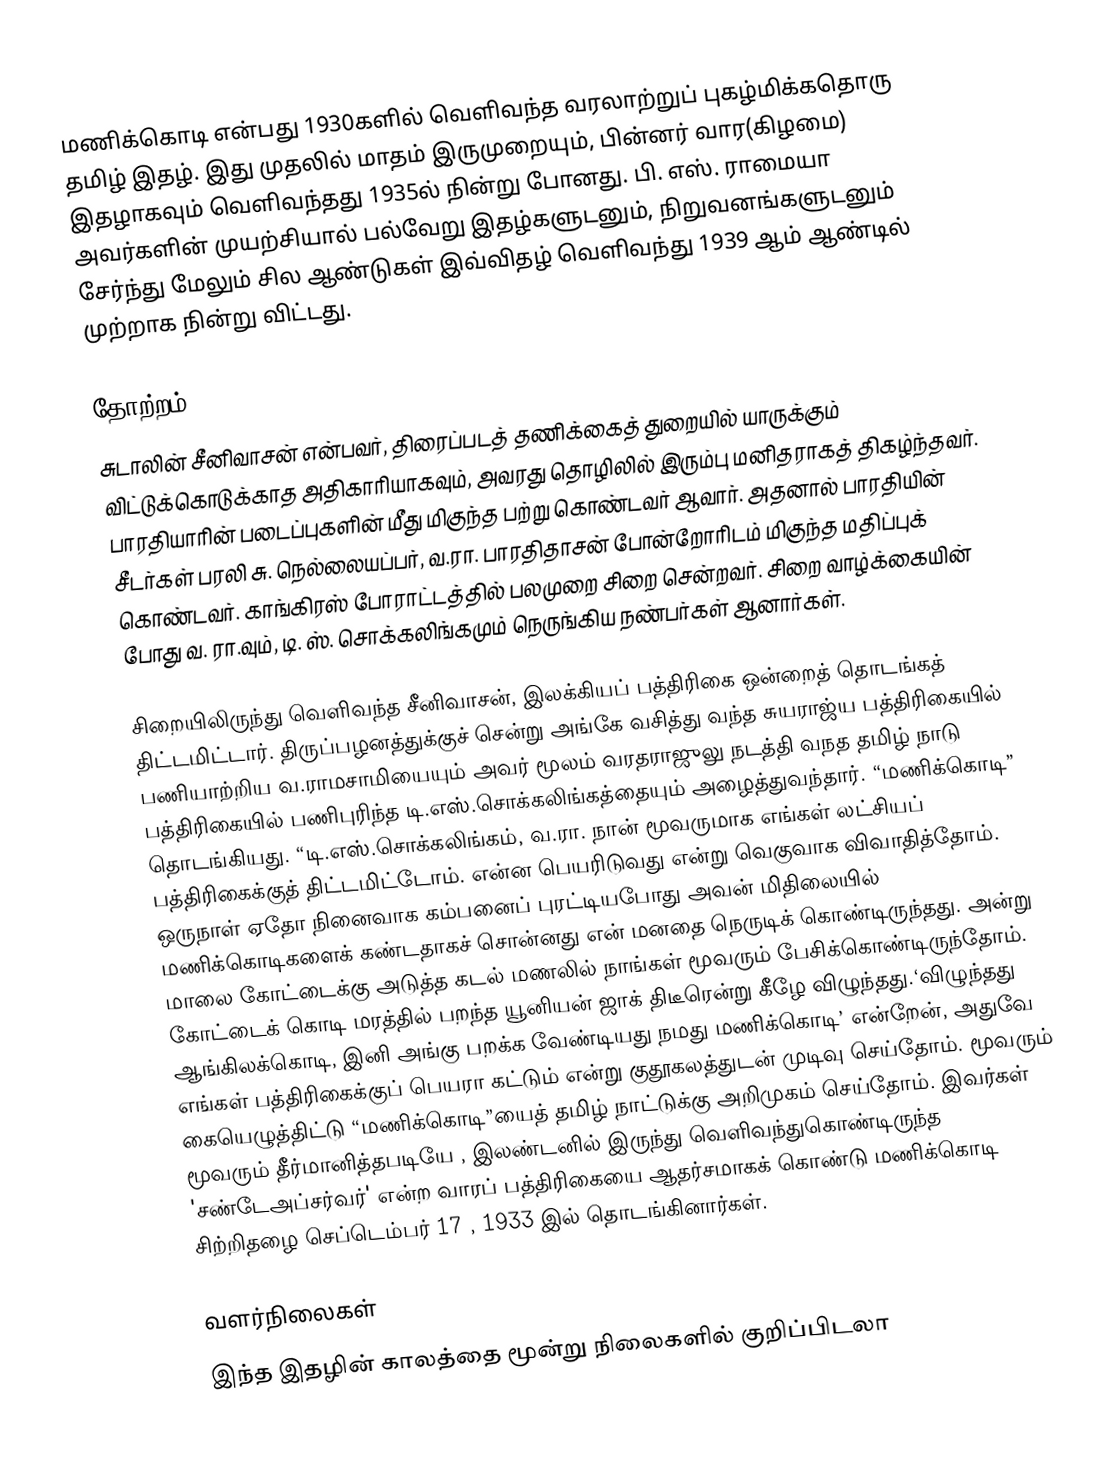
மணிக்கொடி என்பது 1930களில் வெளிவந்த வரலாற்றுப் புகழ்மிக்கதொரு தமிழ் இதழ். இது முதலில் மாதம் இருமுறையும், பின்னர் வார(கிழமை) இதழாகவும் வெளிவந்தது 1935ல் நின்று போனது. பி. எஸ். ராமையா அவர்களின் முயற்சியால் பல்வேறு இதழ்களுடனும், நிறுவனங்களுடனும் சேர்ந்து மேலும் சில ஆண்டுகள் இவ்விதழ் வெளிவந்து 1939 ஆம் ஆண்டில் முற்றாக நின்று விட்டது.

தோற்றம்
சுடாலின் சீனிவாசன் என்பவர், திரைப்படத் தணிக்கைத் துறையில் யாருக்கும் விட்டுக்கொடுக்காத அதிகாரியாகவும், அவரது தொழிலில் இரும்பு மனிதராகத் திகழ்ந்தவர். பாரதியாரின் படைப்புகளின் மீது மிகுந்த பற்று கொண்டவர் ஆவார். அதனால் பாரதியின் சீடர்கள் பரலி சு. நெல்லையப்பர், வ.ரா. பாரதிதாசன் போன்றோரிடம் மிகுந்த மதிப்புக் கொண்டவர். காங்கிரஸ் போராட்டத்தில் பலமுறை சிறை சென்றவர். சிறை வாழ்க்கையின் போது வ. ரா.வும், டி. ஸ். சொக்கலிங்கமும் நெருங்கிய நண்பர்கள் ஆனார்கள்.

சிறையிலிருந்து வெளிவந்த சீனிவாசன், இலக்கியப் பத்திரிகை ஒன்றைத் தொடங்கத் திட்டமிட்டார். திருப்பழனத்துக்குச் சென்று அங்கே வசித்து வந்த சுயராஜ்ய பத்திரிகையில் பணியாற்றிய வ.ராமசாமியையும் அவர் மூலம் வரதராஜுலு நடத்தி வநத தமிழ் நாடு பத்திரிகையில் பணிபுரிந்த டி.எஸ்.சொக்கலிங்கத்தையும் அழைத்துவந்தார். “மணிக்கொடி” தொடங்கியது. “டி.எஸ்.சொக்கலிங்கம், வ.ரா. நான் மூவருமாக எங்கள் லட்சியப் பத்திரிகைக்குத் திட்டமிட்டோம். என்ன பெயரிடுவது என்று வெகுவாக விவாதித்தோம். ஒருநாள் ஏதோ நினைவாக கம்பனைப் புரட்டியபோது அவன் மிதிலையில் மணிக்கொடிகளைக் கண்டதாகச் சொன்னது என் மனதை நெருடிக் கொண்டிருந்தது. அன்று மாலை கோட்டைக்கு அடுத்த கடல் மணலில் நாங்கள் மூவரும் பேசிக்கொண்டிருந்தோம். கோட்டைக் கொடி மரத்தில் பறந்த யூனியன் ஜாக் திடீரென்று கீழே விழுந்தது.‘விழுந்தது ஆங்கிலக்கொடி, இனி அங்கு பறக்க வேண்டியது நமது மணிக்கொடி’ என்றேன், அதுவே எங்கள் பத்திரிகைக்குப் பெயரா கட்டும் என்று குதூகலத்துடன் முடிவு செய்தோம். மூவரும் கையெழுத்திட்டு “மணிக்கொடி”யைத் தமிழ் நாட்டுக்கு அறிமுகம் செய்தோம். இவர்கள் மூவரும் தீர்மானித்தபடியே , இலண்டனில் இருந்து வெளிவந்துகொண்டிருந்த 'சண்டேஅப்சர்வர்' என்ற வாரப் பத்திரிகையை ஆதர்சமாகக் கொண்டு மணிக்கொடி சிற்றிதழை செப்டெம்பர் 17 , 1933 இல் தொடங்கினார்கள்.

வளர்நிலைகள்
இந்த இதழின் காலத்தை மூன்று நிலைகளில் குறிப்பிடலா